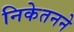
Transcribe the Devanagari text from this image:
निकेतनने